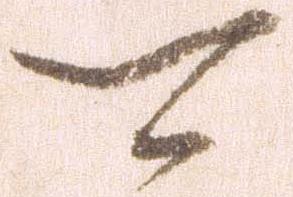
可